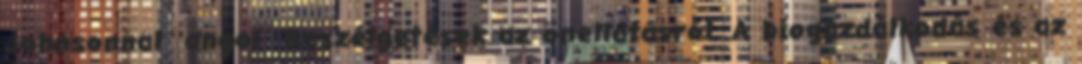
Johnsonnal angol Beszélgetések az önellátásról, A biogazdálkodás és az